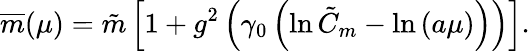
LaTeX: \overline{{{m}}}(\mu)=\tilde{m}\left[1+g^{2}\left(\gamma_{0}\left(\ln\tilde{C}_{m}-\ln\left(a\mu\right)\right)\right)\right].